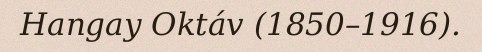
Hangay Oktáv (1850–1916).